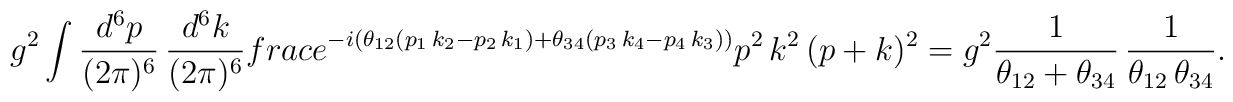
g^2\int \frac{d^6p}{(2\pi)^6}\,\frac{d^6k}{(2\pi)^6}\\frac{e^{-i(\theta_{12}(p_1\, k_2-p_2\, k_1)+\theta_{34}(p_3\, k_4-p_4\, k_3))}}{p^2\, k^2\,( p+k)^2} =g^2 \frac{1}{\theta_{12}+\theta_{34}}\, \frac{1}{\theta_{12}\, \theta_{34}}.